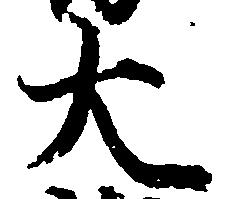
大